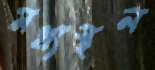
মধ্যস্থল